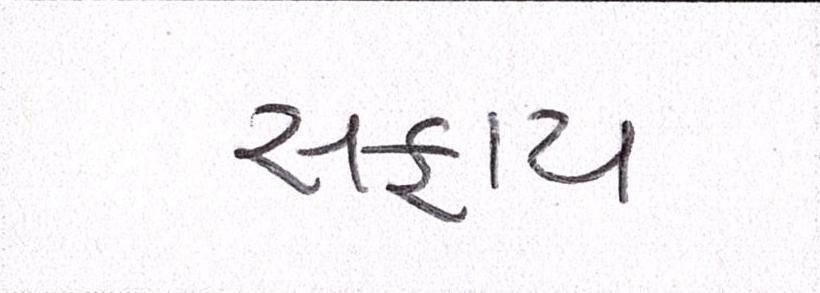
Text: સફાય